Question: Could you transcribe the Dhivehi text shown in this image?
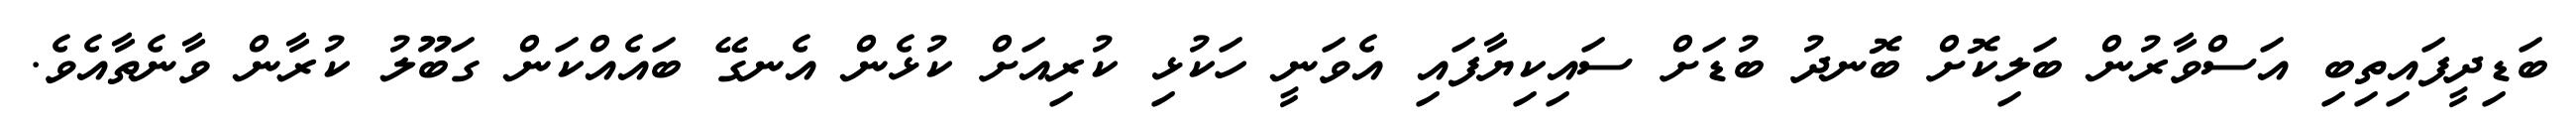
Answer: ބަޑިދީފައިތިބި އަސްވާރުން ބަލިކޮށް ބޮނދު ބުޑަށް ސައިކިޔާފައި އެވަނީ ހަކުޅި ކުރިއަށް ކުޅެން އެނގޭ ބައެއްކަން ގަބޫލު ކުރާން ވާނެތާއެވެ.